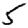
Digit: 5